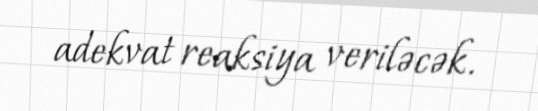
adekvat reaksiya veriləcək.